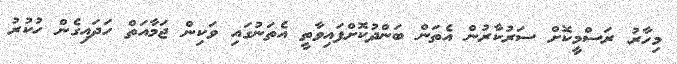
މިހާރު ރަސްމީކޮށް ސަރުކާރުން އެތަން ބަންދުކޮށްފައިވާތީ އެތަނުގައި ވަކިން ޖަމާއަތް ހަދައިގެން ހުކުރު